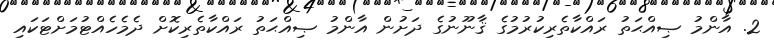
2. އާންމު ޞިއްޙަތު ރައްކާތެރިކުރުމުގެ ޤާނޫނުގެ ދަށުން އާންމު ޞިއްޙަތު ރައްކާތެރިކޮށް ދެމެހެއްޓުމަށްޓަކައި